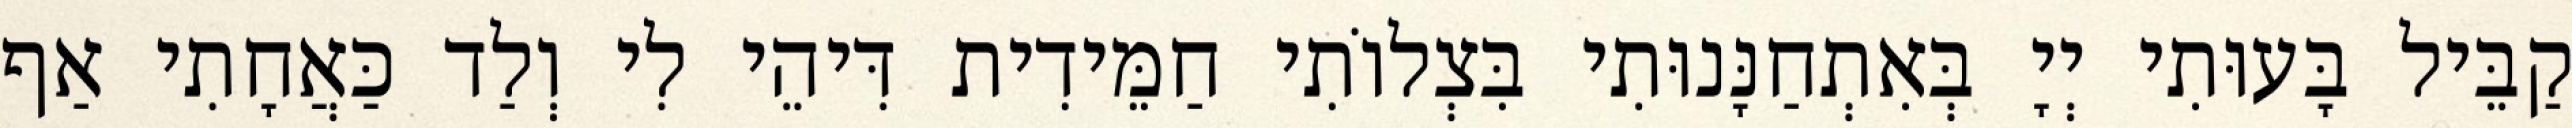
קַבֵּיל בָּעוּתִי יְיָ בְּאִתְחַנָּנוּתִי בִּצְלוֹתִי חַמֵּידִית דִּיהֵי לִי וְלַד כַּאֲחָתִי אַף